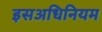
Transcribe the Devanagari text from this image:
इसअधिनियम